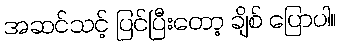
အဆင်သင့် ပြင်ပြီးတော့ ချိစ် ပြောပါ။